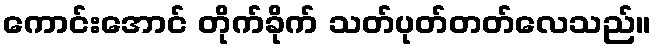
ကောင်းအောင် တိုက်ခိုက် သတ်ပုတ်တတ်လေသည်။